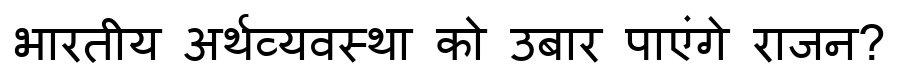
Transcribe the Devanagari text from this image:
भारतीय अर्थव्यवस्था को उबार पाएंगे राजन?